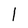
Character: l